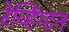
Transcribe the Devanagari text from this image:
रेव्हिंग्टन